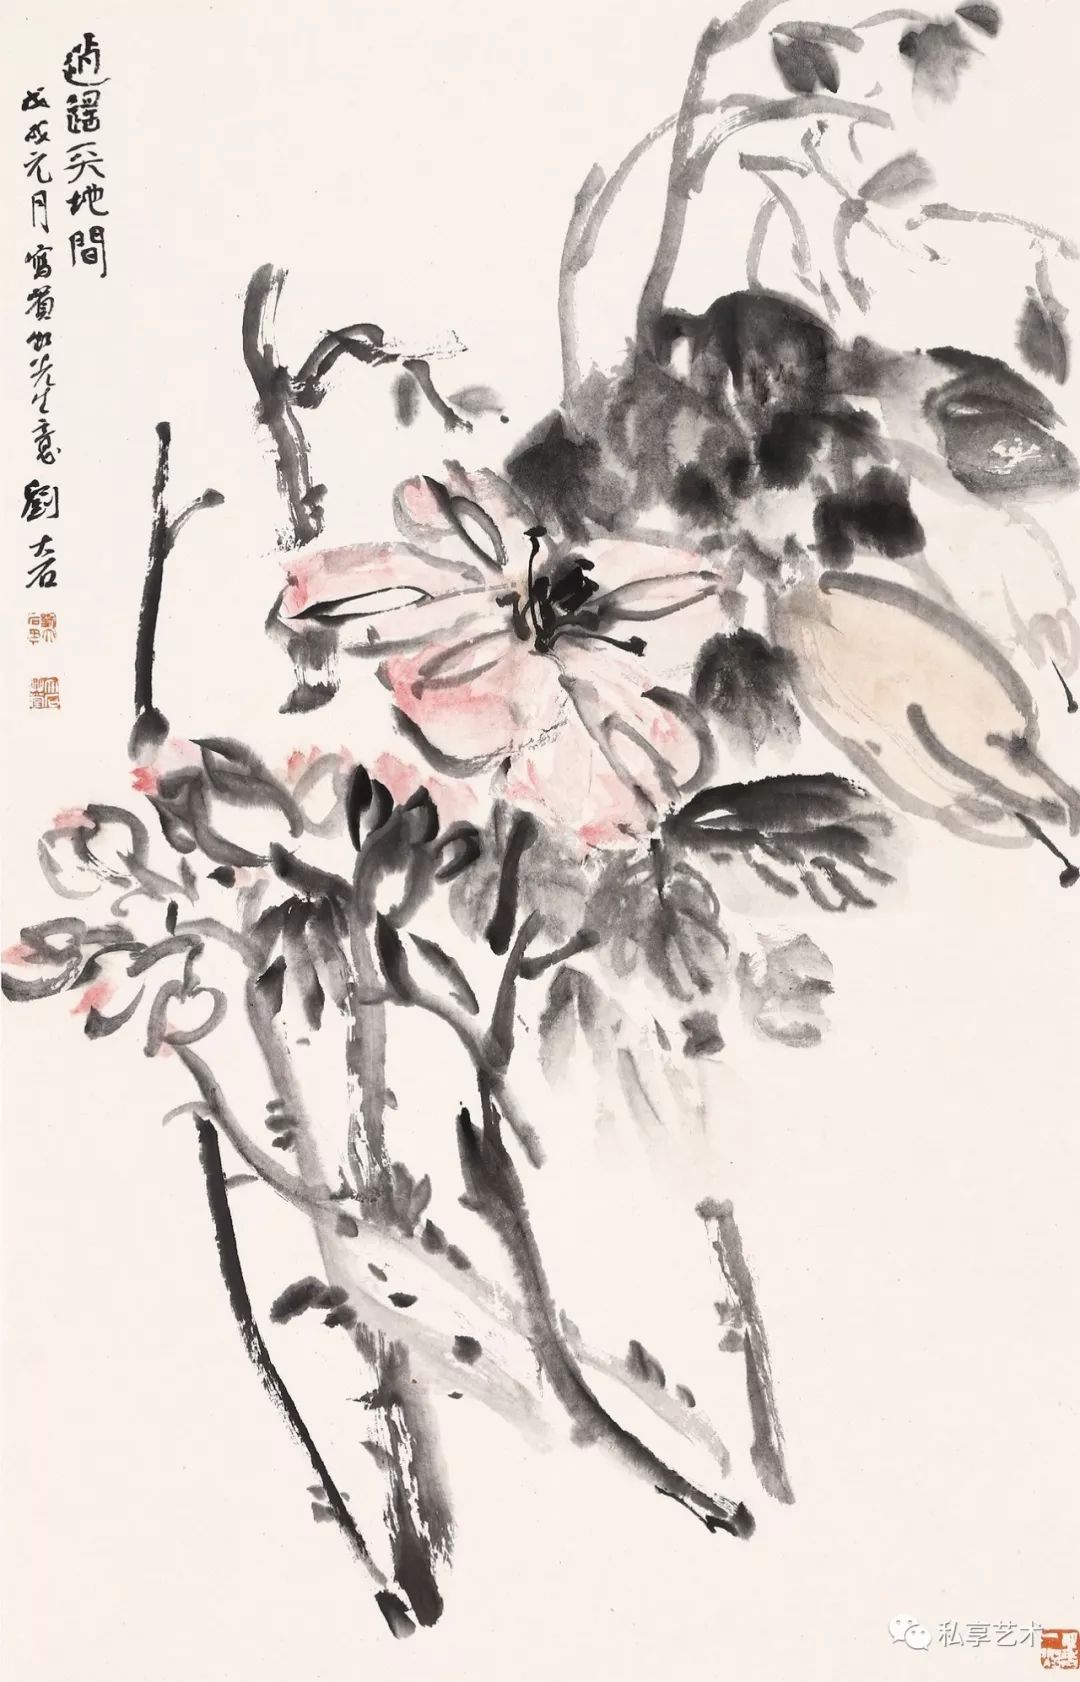
闻道春还未相识，走傍寒梅访消息。